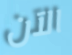
الآن